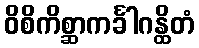
ဝိစိကိစ္ဆာကင်္ခါဂန္ထိတံ